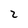
Character: 2